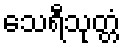
သေရီသုတ္တံ